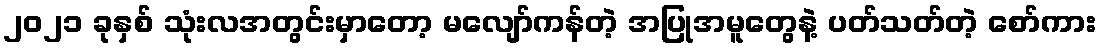
၂၀၂၁ ခုနှစ် သုံးလအတွင်းမှာတော့ မလျော်ကန်တဲ့ အပြုအမူတွေနဲ့ ပတ်သတ်တဲ့ စော်ကား